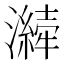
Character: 𤂁